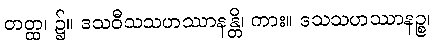
တတ္ထ၊ ၌။ ဒသဝီသသဟဿာနန္တိ၊ ကား။ ဒသသဟဿာနဉ္စ၊